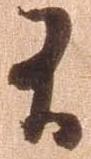
有